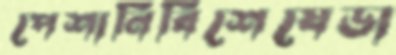
পেশানির্বিশেষেডা